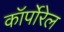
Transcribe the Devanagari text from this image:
कॉर्पोरेल